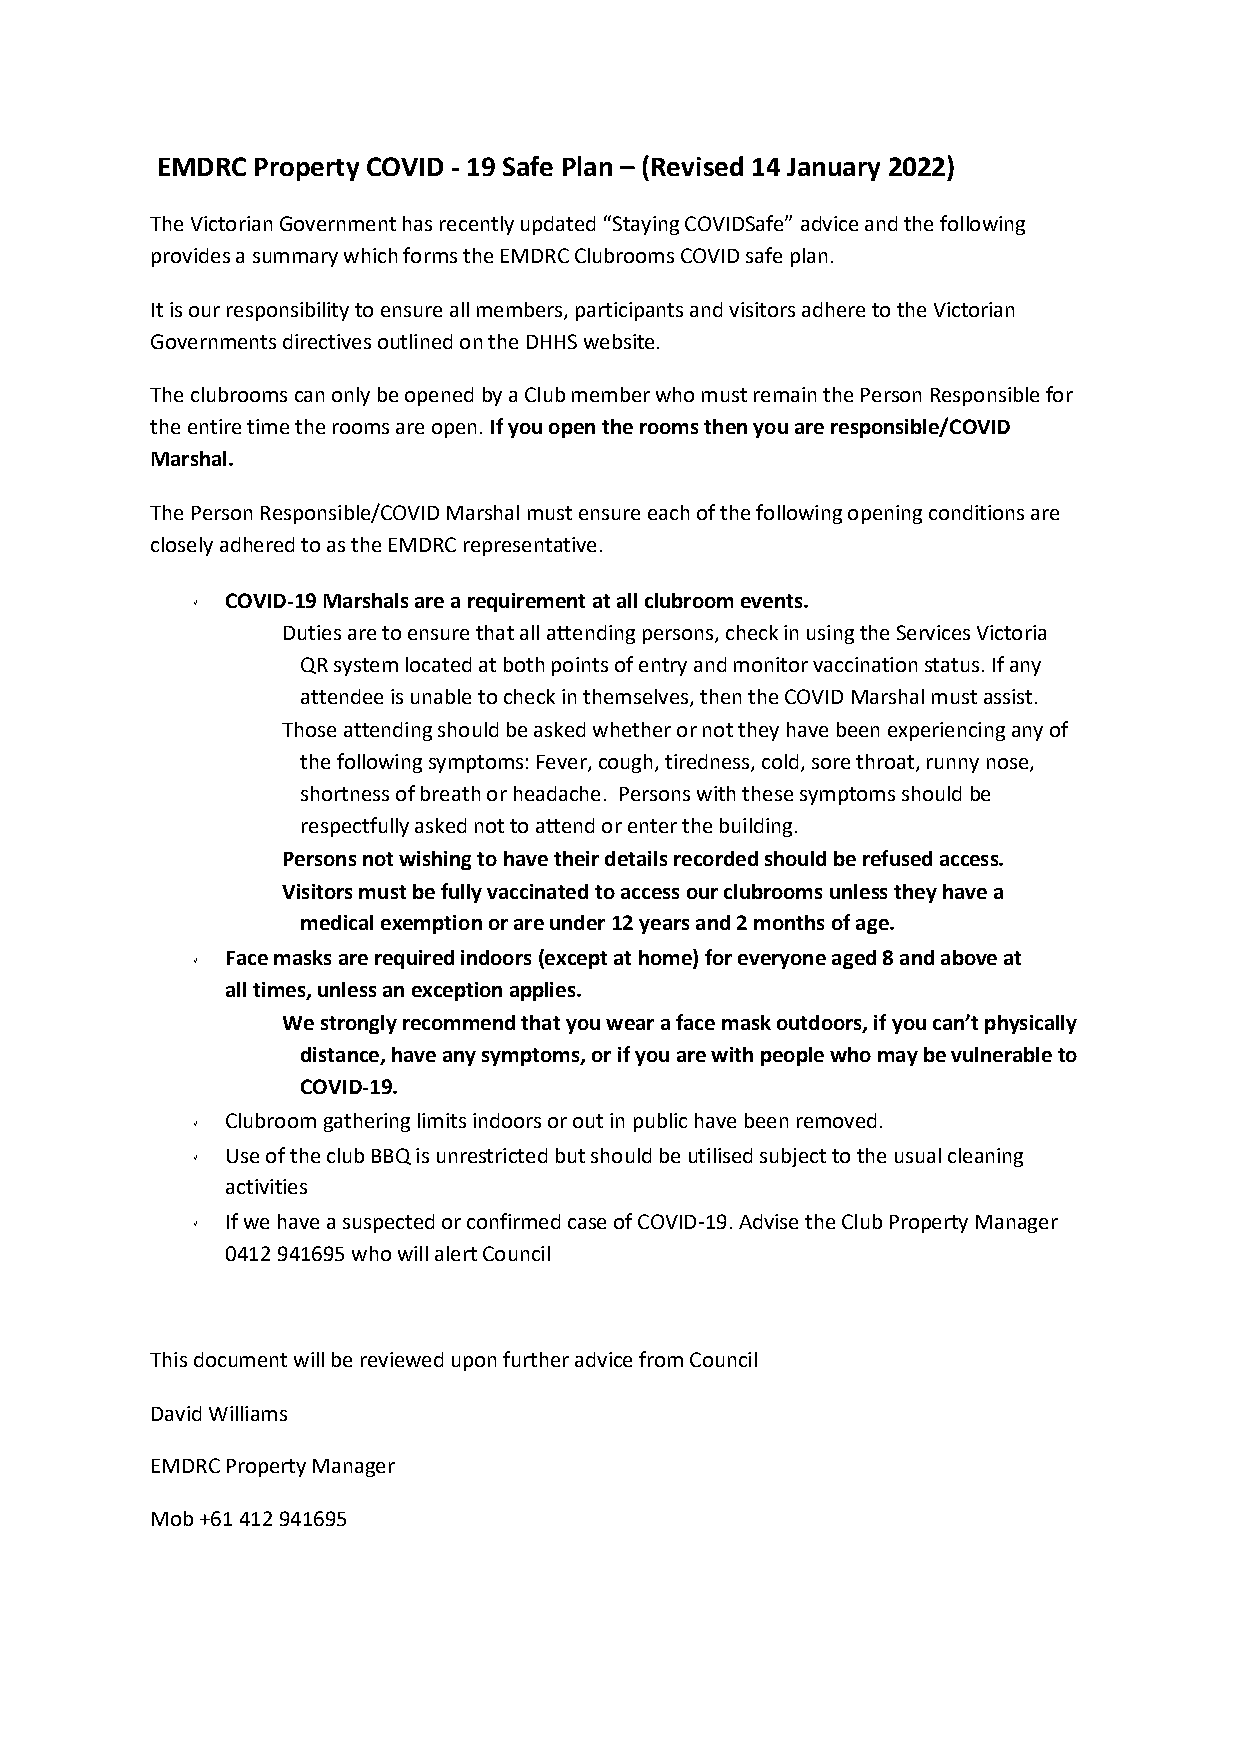
EMDRC  Property COVID - 19 Safe Plan – (Revised 14 January 2022)
 The Victorian Government has recently updated “Staying COVIDSafe” advice and the following
 provides a summary which forms the EMDRC Clubrooms COVID safe plan.
 It is our responsibility to ensure all members, participants and visitors adhere to the Victorian
 Governments directives outlined on the DHHS website.
 The clubrooms can only be opened by a Club member who must remain the Person Responsible for
 the entire time the rooms are open. If you open the rooms then you are responsible/COVID
 Marshal.
 The Person Responsible/COVID Marshal must ensure each of the following opening conditions are
 closely adhered to as the EMDRC representative.
 COVID-19 Marshals are a requirement at all clubroom events.
 Duties are to ensure that all attending persons, check in using the Services Victoria
 QR system located at both points of entry and monitor vaccination status. If any
 attendee is unable to check in themselves, then the COVID Marshal must assist.
 Those attending should be asked whether or not they have been experiencing any of
 the following symptoms: Fever, cough, tiredness, cold, sore throat, runny nose,
 shortness of breath or headache. Persons with these symptoms should be
 respectfully asked not to attend or enter the building.
 Persons not wishing to have their details recorded should be refused access.
 Visitors must be fully vaccinated to access our clubrooms unless they have a
 medical exemption or are under 12 years and 2 months of age.
 Face masks are required indoors (except at home) for everyone aged 8 and above at
 all times, unless an exception applies.
 We strongly recommend that you wear a face mask outdoors, if you can’t physically
 distance, have any symptoms, or if you are with people who may be vulnerable to
 COVID-19.
 Clubroom gathering limits indoors or out in public have been removed.
 Use of the club BBQ is unrestricted but should be utilised subject to the usual cleaning
 activities
 If we have a suspected or confirmed case of COVID-19. Advise the Club Property Manager
 0412 941695 who will alert Council
 This document will be reviewed upon further advice from Council
 David Williams
 EMDRC Property Manager
 Mob +61 412 941695